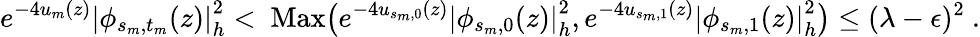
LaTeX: e^{-4u_{m}(z)}\left|\phi_{s_{m},t_{m}}(z)\right|_{h}^{2}<\mathrm{\mathrm{~Max}}\big(e^{-4u_{s_{m},0}(z)}\left|\phi_{s_{m},0}(z)\right|_{h}^{2},e^{-4u_{s_{m},1}(z)}\left|\phi_{s_{m},1}(z)\right|_{h}^{2}\big)\leq(\lambda-\epsilon)^{2}\ .